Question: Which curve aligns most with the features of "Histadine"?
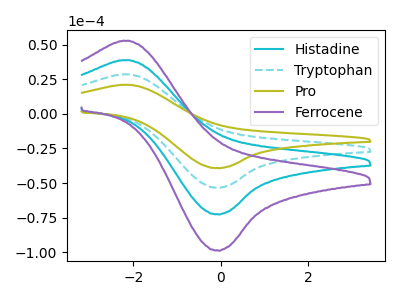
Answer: <think>The cyan curve "Histadine" has an anodic peak at (-2.10V, 57.05uA) and a cathodic peak at (-0.10V, -106.65uA). The cyan dashed curve "Tryptophan" has an anodic peak at (-2.10V, 28.50uA) and a cathodic peak at (-0.10V, -53.30uA). The olive curve "Pro" has an anodic peak at (-2.10V, 20.95uA) and a cathodic peak at (-0.10V, -39.20uA). The purple curve "Ferrocene" has an anodic peak at (-2.10V, 85.55uA) and a cathodic peak at (-0.10V, -159.95uA).
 All the peaks in "Histadine" have a peak in "Tryptophan" at the same potential. Every peak in "Histadine" is higher than every peak in "Tryptophan". All the peaks in "Histadine" have a peak in "Pro" at the same potential. Every peak in "Histadine" is higher than every peak in "Pro". All the peaks in "Histadine" have a peak in "Ferrocene" at the same potential. Every peak in "Histadine" is lower than every peak in "Ferrocene". All the peaks in "Tryptophan" have a peak in "Pro" at the same potential. Every peak in "Tryptophan" is higher than every peak in "Pro". All the peaks in "Tryptophan" have a peak in "Ferrocene" at the same potential. Every peak in "Tryptophan" is lower than every peak in "Ferrocene". All the peaks in "Pro" have a peak in "Ferrocene" at the same potential. Every peak in "Pro" is lower than every peak in "Ferrocene".</think>
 <answer>"Histadine", "Tryptophan" and "Ferrocene" have a similar shape to "Pro".</answer>
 <eval>"Histadine" "Tryptophan" "Ferrocene"</eval>